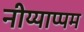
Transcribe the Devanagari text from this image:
नीय्याप्पम